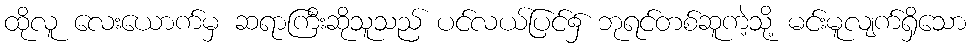
ထိုလူ လေးယောက်မှ ဆရာကြီးဆိုသူသည် ပင်လယ်ပြင်၌ ဘုရင်တစ်ဆူကဲ့သို့ မင်းမူလျက်ရှိသော